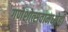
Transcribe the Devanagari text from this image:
गणेशोत्सवामध्येही